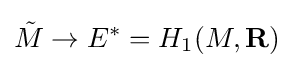
{\tilde {M}}\to E^{*}=H_{1}(M,\mathbf {R} )